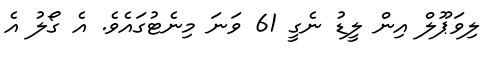
ލިވަޕޫލް އިން ލީޑު ނެގީ 61 ވަނަ މިނެޓުގައެވެ. އެ ގޯލު އެ